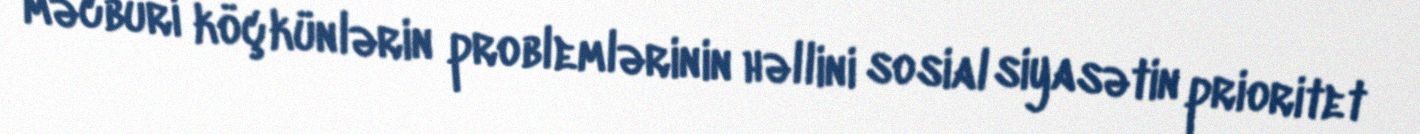
məcburi köçkünlərin problemlərinin həllini sosial siyasətin prioritet